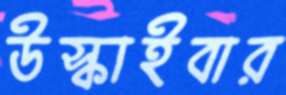
উস্‌কাইবার